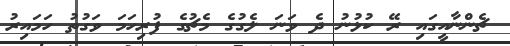
ޗެންނާއީގައި ރޭ ކުޅުނު ދެ ވަނަ ލެގުގެ މެޗުގެ ފުރިހަމަ ވަގުތު ހަމައިރު